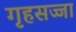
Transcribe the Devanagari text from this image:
गृहसज्जा